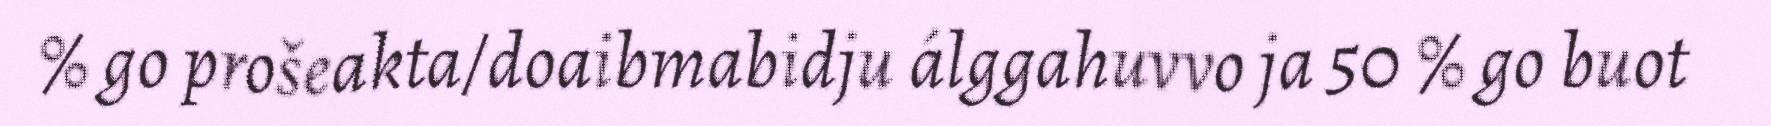
% go prošeakta/doaibmabidju álggahuvvo ja 50 % go buot